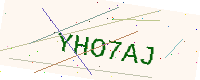
Text: YHO7AJ